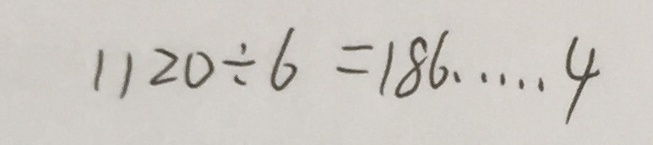
1 1 2 0 \div 6 = 1 8 6 \cdots 4